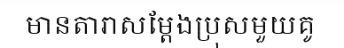
មានតារាសម្តែងប្រុសមួយគូ